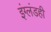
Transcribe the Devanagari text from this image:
इंग्लंडही